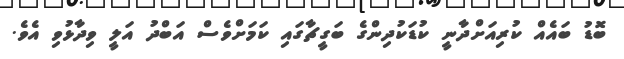
ބޮޑު ބައެއް ކުރިއަށްދާނީ ކުޑަކުދިންގެ ބަގީޗާގައި ކަމަށްވެސް އަބްދު އަލީ ވިދާޅުވި އެވެ.